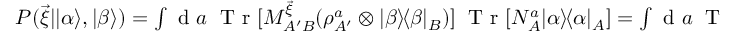
\begin{array} { r } { P ( \vec { \xi } | | \alpha \rangle , | \beta \rangle ) = \int \mathrm { ~ d ~ } a \; \mathrm { ~ T ~ r ~ } [ M _ { A ^ { \prime } B } ^ { \vec { \xi } } ( \rho _ { A ^ { \prime } } ^ { a } \otimes | \beta \rangle \! \langle \beta | _ { B } ) ] \; \mathrm { ~ T ~ r ~ } [ N _ { A } ^ { a } | \alpha \rangle \! \langle \alpha | _ { A } ] = \int \mathrm { ~ d ~ } a \; \mathrm { ~ T ~ r ~ } [ M _ { B } ^ { \vec { \xi } | a } | \beta \rangle \! \langle \beta | _ { B } ] \mathrm { ~ T ~ r ~ } [ N _ { A } ^ { a } | \alpha \rangle \! \langle \alpha | _ { A } ] \; , } \end{array}